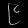
Digit: ၉